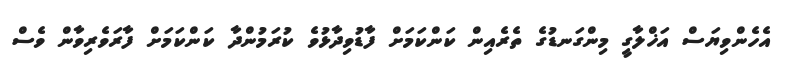
އެހެންވިޔަސް އަޚްލާގީ މިންގަނޑުގެ ތެރެއިން ކަންކަމަށް ފާޑުވިދާޅުވެ ކުރަމުންދާ ކަންކަމަށް ފާރަވެރިވާން ވެސް